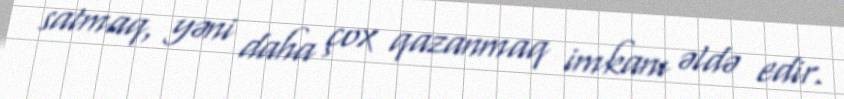
satmaq, yəni daha çox qazanmaq imkanı əldə edir.